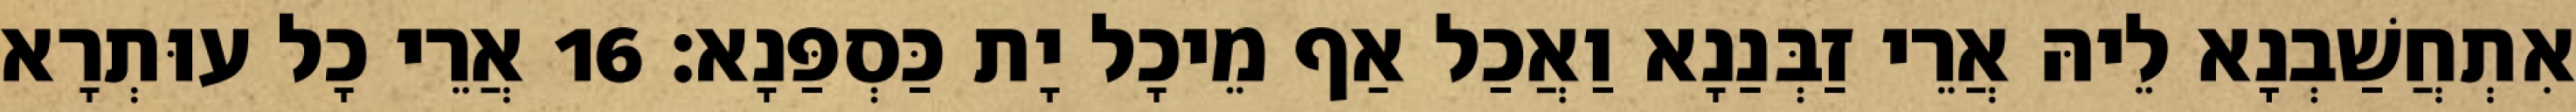
אִתְחֲשַׁבְנָא לֵיהּ אֲרֵי זַבְּנַנָא וַאֲכַל אַף מֵיכָל יָת כַּסְפַּנָא׃ 16 אֲרֵי כָל עוּתְרָא